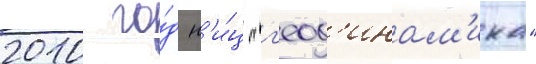
2010 го́д н'и́ц "г'еод'инам'ика"